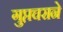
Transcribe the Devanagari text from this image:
गुप्तचराने